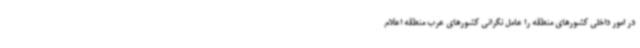
در امور داخلی کشورهای منطقه را عامل نگرانی کشورهای عرب منطقه اعلام